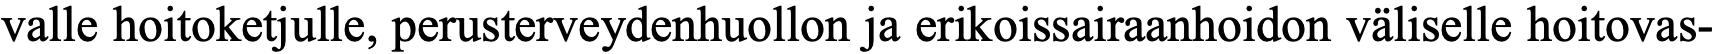
valle hoitoketjulle, perusterveydenhuollon ja erikoissairaanhoidon väliselle hoitovas-